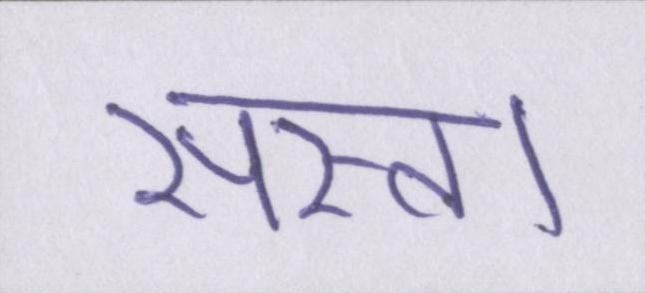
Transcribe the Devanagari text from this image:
सस्ता